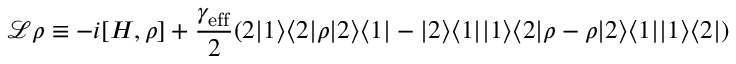
\mathcal { L } \rho \equiv - i [ H , \rho ] + \frac { \gamma _ { \mathrm { e f f } } } { 2 } ( 2 | 1 \rangle \langle 2 | \rho | 2 \rangle \langle 1 | - | 2 \rangle \langle 1 | | 1 \rangle \langle 2 | \rho - \rho | 2 \rangle \langle 1 | | 1 \rangle \langle 2 | )